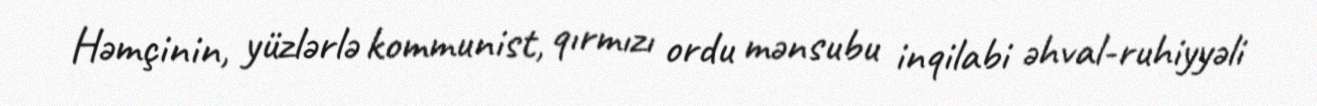
Həmçinin, yüzlərlə kommunist, qırmızı ordu mənsubu inqilabi əhval-ruhiyyəli